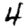
Digit: 4